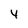
Character: 4